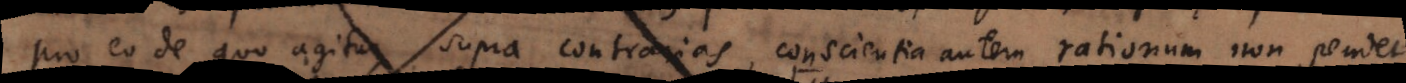
pro eo de quo agitur, supra contrarias, conscientia autem rationum non pendet